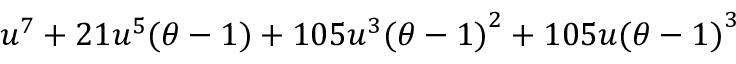
u ^ { 7 } + 2 1 u ^ { 5 } ( \theta - 1 ) + 1 0 5 u ^ { 3 } { ( \theta - 1 ) } ^ { 2 } + 1 0 5 u { ( \theta - 1 ) } ^ { 3 }